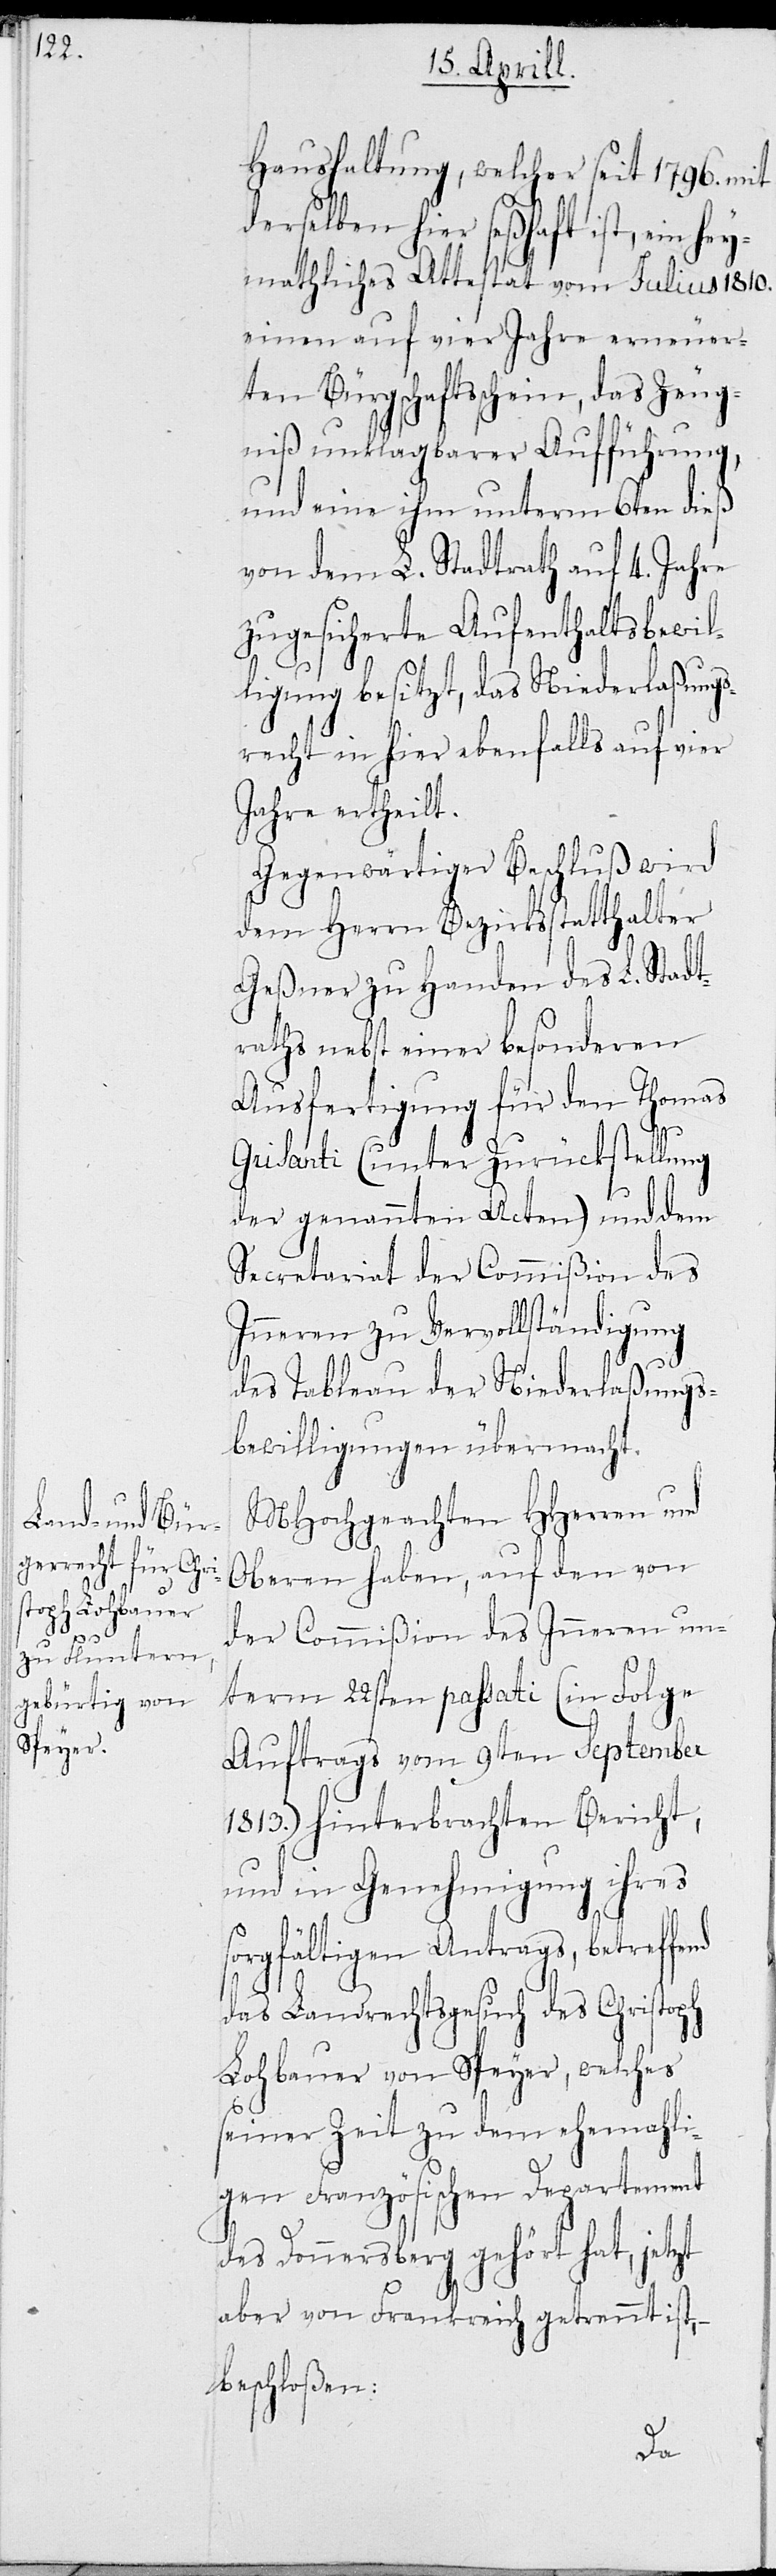
Haushaltung, welcher seit 1796 mit
derselben hier seßhaft ist, ein he¬
ymathliches Attestat vom Julius 1810.
einen auf vier Jahre erneuer¬
ten Bürgerscheyn, das Zeug¬
niß unklagbarer Aufführung,
und eine ihm unterm 6ten dieß
von dem L. Stadtrath auf 4. Jahre
zugesicherte Aufenthaltsbewil¬
ligung besitzt, das Niederlaßungs¬
recht in hier ebenfalls auf vier
Jahre ertheilt.
Gegenwärtiger Beschluß wird
dem Herrn Bezirksstatthalter
Geßner zu Handen des L. Stadt¬
raths nebst einer besonderen
Ausfertigung für den Thomas
nd
Grisanti (unter Zurückstellung
der genannten Acten) und dem
Secretariat der Commißion des
Inneren zu Vervollständigung
des Tableau der Niederlaßungs¬
bewilligungen übermacht.
MHochgeachte HHerren und
Oberen haben, auf den von
der Commißion des Inneren un¬
term 22sten passati (in Folge
Auftrags vom 9ten September
1813.) hinterbrachten Bericht,
und in Genehmigung ihres
sorgfältigen Antrags, betreffe¬
das Landrechtsgesuch des Christoph
Lohbauer von Speyer, welches
seiner Zeit zu dem ehemali¬
gen Französischen Departement
des Donnersberg gehört hat, jetzt
aber von Frankreich getrennt ist,
beschloßen: